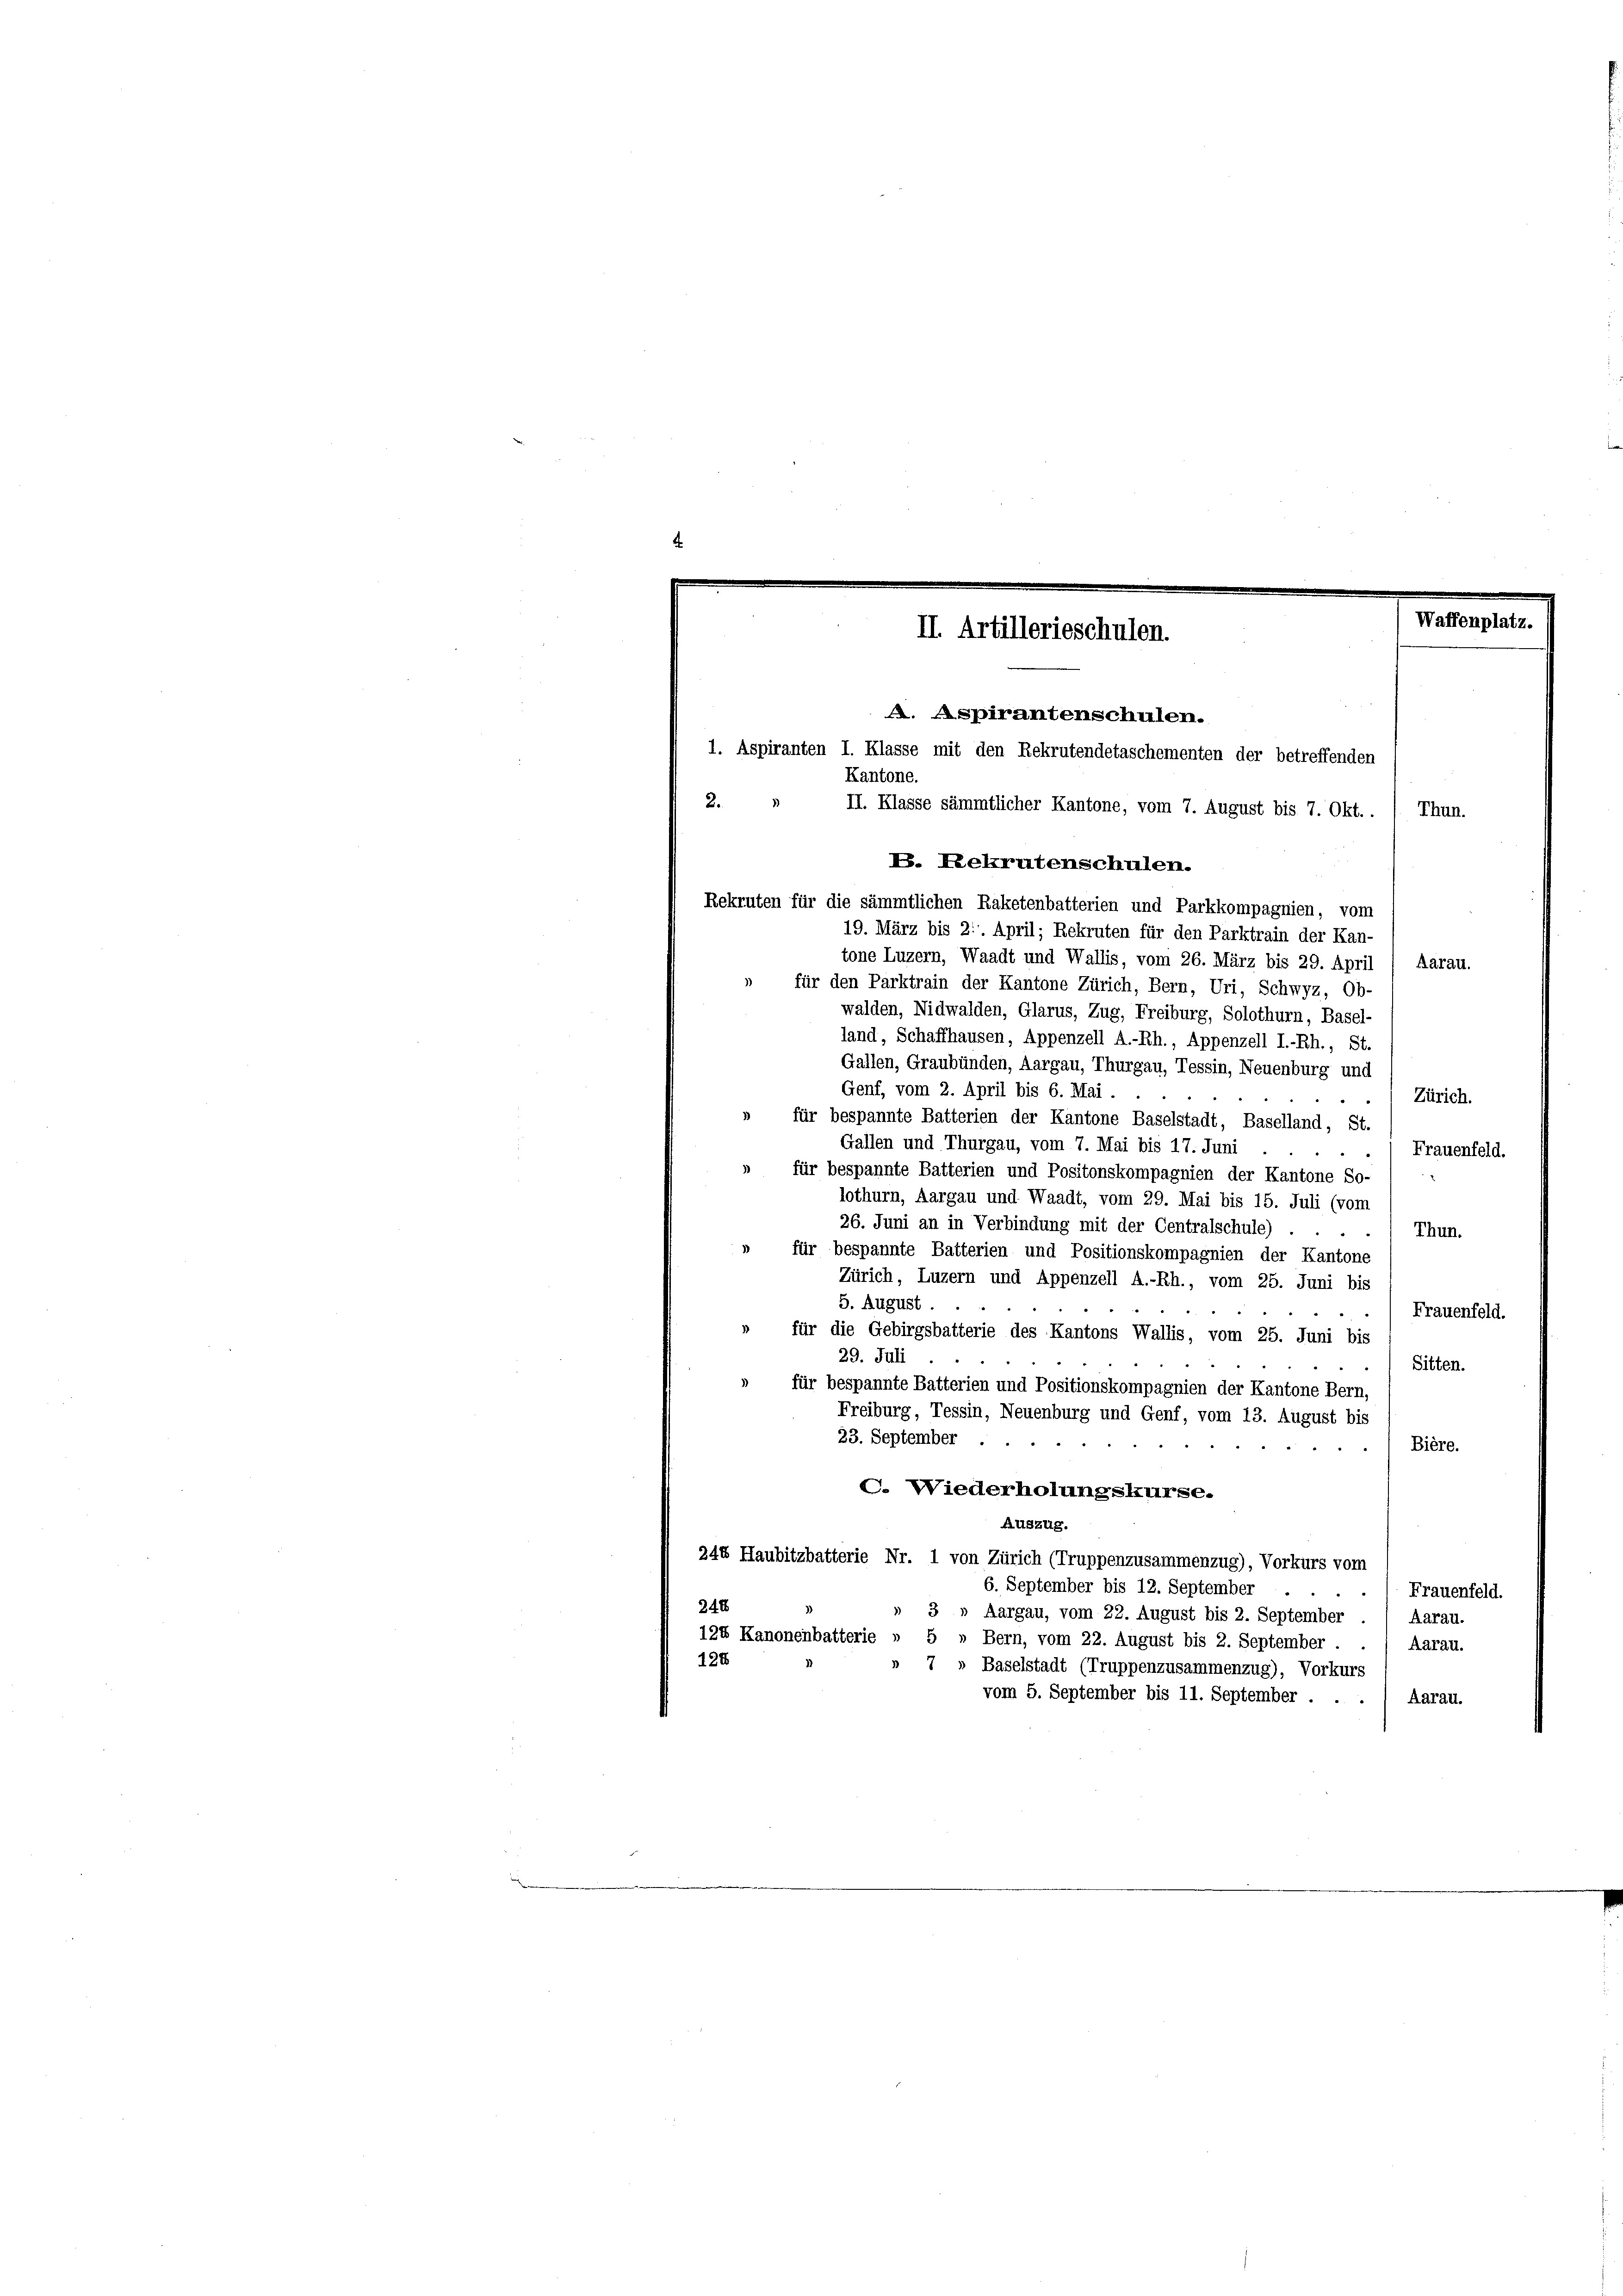
4

1. Aspiranten I. Klasse mit den Rekrutendetaschementen der betreffenden
Kantone.
2.
II. Klasse sämmtlicher Kantone, vom 7. August bis 7. Okt.. / Thun.
E. Rekrutenschulen.
Rekruten für die sämmtlichen Raketenbatterien und Parkkompagnien, vom
19. März bis 21. April; Rekruten für den Parktrain der Kan-
tone Luzern, Waadt und Wallis, vom 26. März bis 29. April / Aarau.
» für den Parktrain der Kantone Zürich, Bern, Uri, Schwyz, Ob-
walden, Nidwalden, Glarus, Zug, Freiburg, Solothurn, Basel-
land, Schaffhausen, Appenzell A.-Rh., Appenzell I.-Rh., St.
Gallen, Graubünden, Aargau, Thurgau, Tessin, Neuenburg und
Genf, vom 2. April bis 6. Mai.
Zürich.
» für bespannte Batterien der Kantone Baselstadt, Baselland, St.
Gallen und Thurgau, vom 7. Mai bis 17. Juni
Frauenfeld.
» für bespannte Batterien und Positonskompagnien der Kantone So-
lothurn, Aargau und Waadt, vom 29. Mai bis 15. Juli (vom
26. Juni an in Verbindung mit der Centralschule)
Thun.
:
» für bespannte Batterien und Positionskompagnien der Kantone
Zürich, Luzern und Appenzell A.-Rh., vom 25. Juni bis
5. August.
.
Frauenfeld.
für die Gebirgsbatterie des Kantons Wallis, vom 25. Juni bis
29. Juli
Sitten.
für bespannte Batterien und Positionskompagnien der Kantone Bern,
Freiburg, Tessin, Neuenburg und Genf, vom 13. August bis
23. September
Bière.
C. Wiederholungskurse.
Auszug.
244 Haubitzbatterie Nr. 1 von Zürich (Truppenzusammenzug), Vorkurs vom
6. September bis 12. September
Frauenfeld.
240
» 3 » Aargau, vom 22. August bis 2. September . / Aarau.
124 Kanonenbatterie » 5 » Bern, vom 22. August bis 2. September
Aarau.
128
7 » Baselstadt (Truppenzusammenzug), Vorkurs
vom 5. September bis 11. September . . . / Aarau.

Waffenplatz.
II Artillerieschulen.
A. Aspirantenschulen.